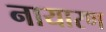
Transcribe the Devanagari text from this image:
नायारण